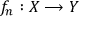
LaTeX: f _ { n } : X \longrightarrow Y